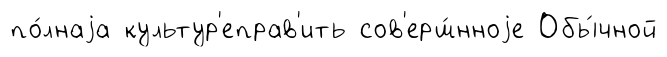
по́лнаjа культур'еправ'ить сов'ерш́нноjе Обы́чной